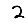
Digit: 2